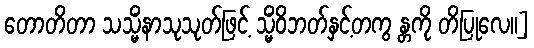
တောတိတာ သသ္မိံနာသုသုတ်ဖြင့် သ္မိံဝိဘတ်နှင့်တကွ န္တကို တိပြုလေ။]